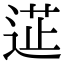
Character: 𮞟